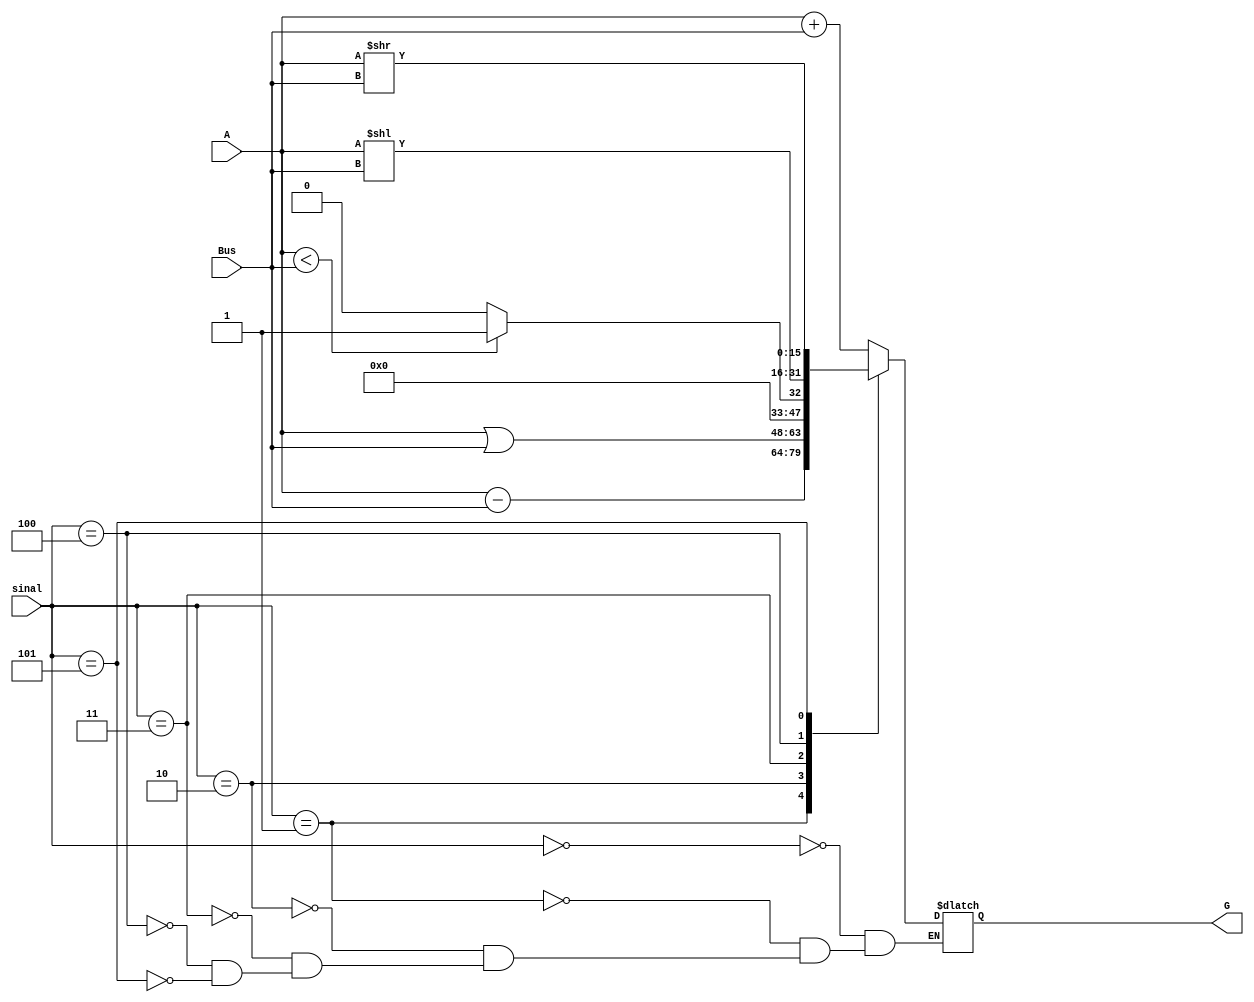
module ULA(sinal, A, Bus, G);
	input[2:0] sinal;
	input [15:0] A, Bus;
	output reg [15:0] G;
	
	always@(*)
		begin
			case(sinal) 
				3'b000:	G = A + Bus;						//add
				3'b001:	G = A - Bus;						//sub
				3'b010:	G = A | Bus;						//or
				3'b011:											//slt
							if(A < Bus)
								G = 16'b1;
							else
								G = 16'b0;
				3'b100:	G = A << Bus;						//sll
				3'b101:	G = A >> Bus;						//srl
			endcase
		end
	endmodule